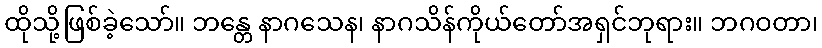
ထိုသို့ဖြစ်ခဲ့သော်။ ဘန္တေ နာဂသေန၊ နာဂသိန်ကိုယ်တော်အရှင်ဘုရား။ ဘဂဝတာ၊